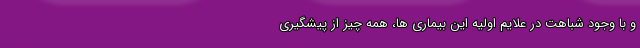
و با وجود شباهت‌ در علایم اولیه این بیماری ها، همه چیز از پیشگیری